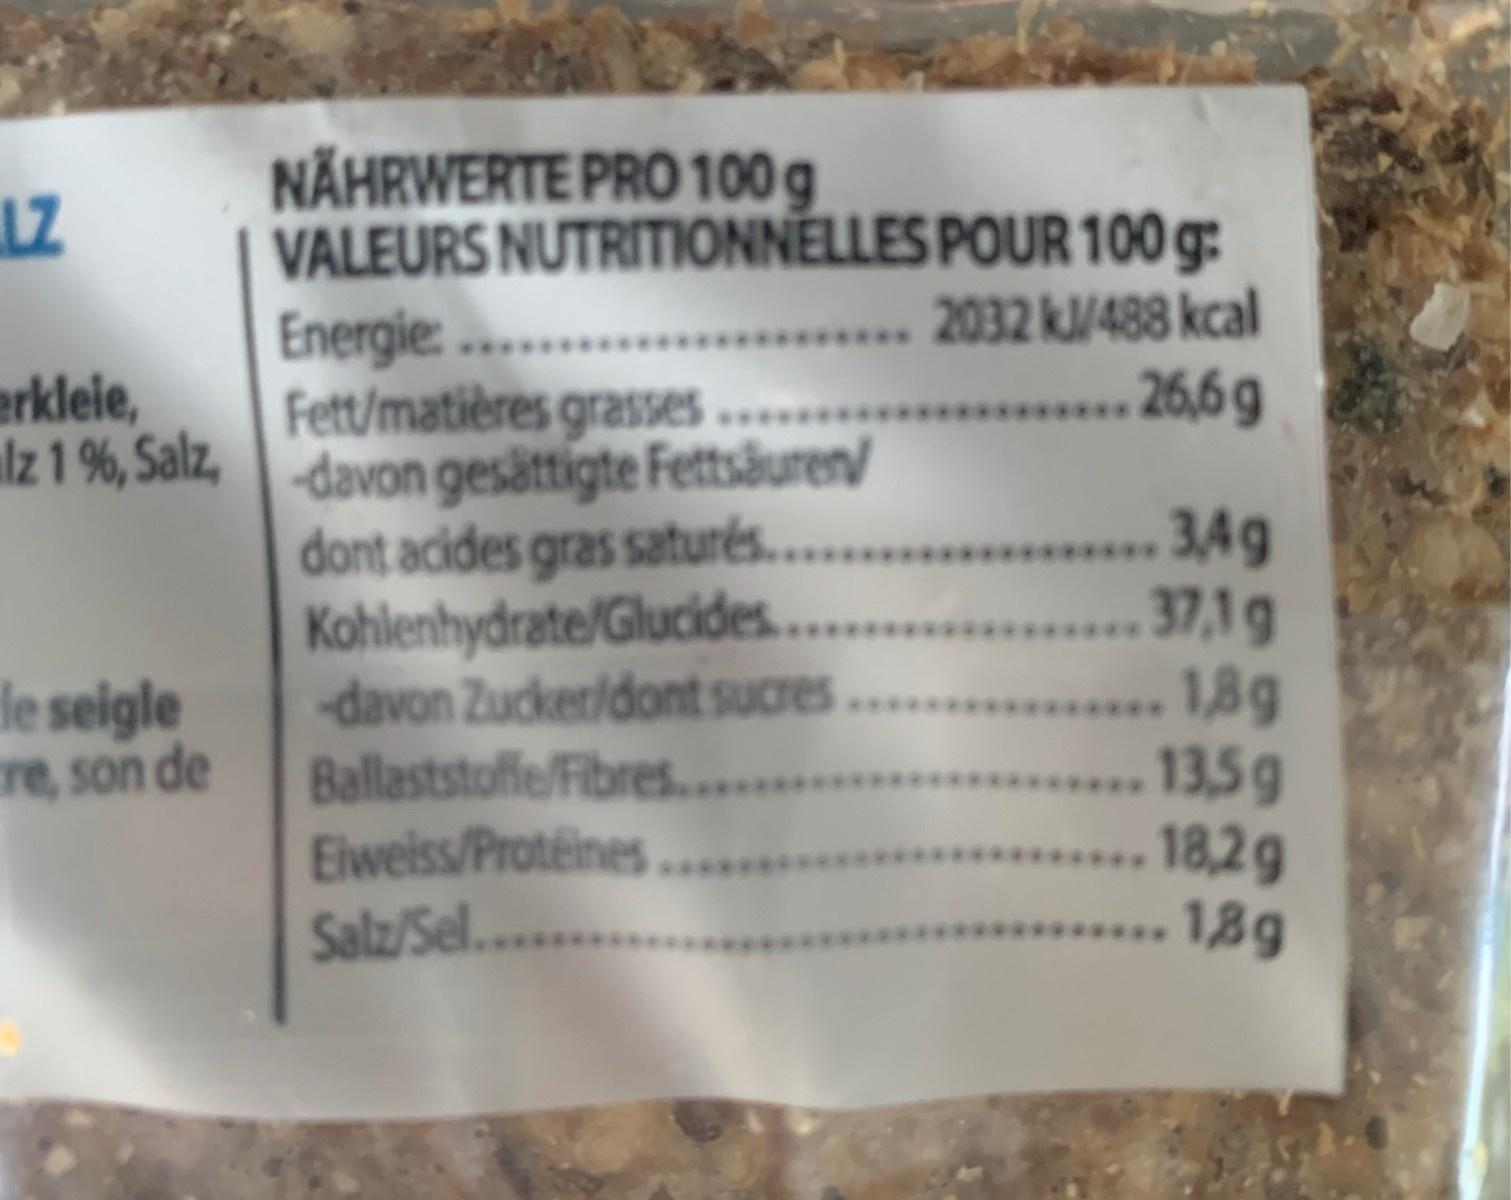
NÄHRWERTE PRO 100 g VALEURS NUTRITIONNĒLLES POUR 100 g: Energie: .. Fett/matières grasses .
.... 2032 kl/488 kcal 26,6g
erkleie, Iz 1 %, Salz, davon gesättigte Fettsäuren/
dont acides gras saturés. . Kohlenhydrate/Glucides.. davon Zucker/dont sucres..... Ballaststoffe/Fibres......... Eweiss/Proteines Salz/Sel....
3,4g 37,1g 1,8g 13,5g 18,2g 1,8g
le seigle cre, son de
********